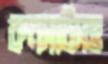
কনসার্টসহ